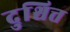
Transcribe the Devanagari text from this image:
दुश्चित्त